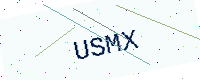
Text: USMX